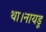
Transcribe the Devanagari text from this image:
था।नायडू